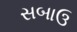
સબાઉ